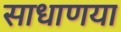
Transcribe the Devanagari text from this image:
साधाणया